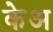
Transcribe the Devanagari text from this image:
केअ